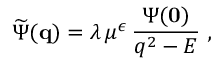
\widetilde { \Psi } ( { \bf q } ) = \lambda \, \mu ^ { \epsilon } \, \frac { \Psi ( { \bf 0 } ) } { q ^ { 2 } - E } \; ,